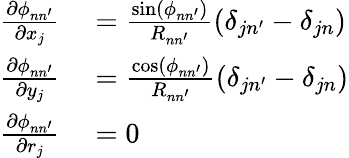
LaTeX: \begin{array}{rl}{\frac{\partial\phi_{nn^{\prime}}}{\partial x_{j}}}&{{}=\frac{\sin(\phi_{nn^{\prime}})}{R_{nn^{\prime}}}(\delta_{jn^{\prime}}-\delta_{jn})}\\ {\frac{\partial\phi_{nn^{\prime}}}{\partial y_{j}}}&{{}=\frac{\cos(\phi_{nn^{\prime}})}{R_{nn^{\prime}}}(\delta_{jn^{\prime}}-\delta_{jn})}\\ {\frac{\partial\phi_{nn^{\prime}}}{\partial r_{j}}}&{{}=0}\end{array}